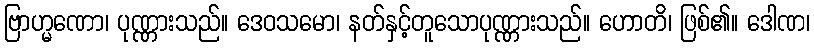
ဗြာဟ္မဏော၊ ပုဏ္ဏားသည်။ ဒေဝသမော၊ နတ်နှင့်တူသောပုဏ္ဏားသည်။ ဟောတိ၊ ဖြစ်၏။ ဒေါဏ၊